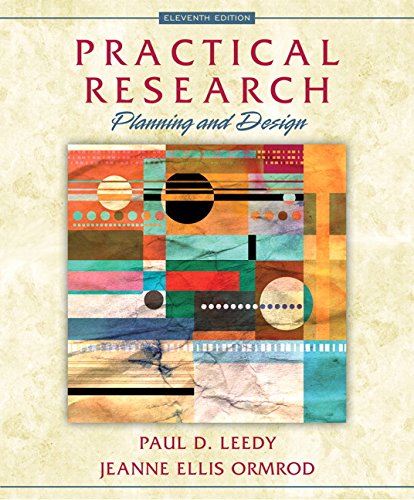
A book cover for Practical Research: Planning and Design with Enhanced Pearson eText -- Access Card Package (11th Edition); Paul D. Leedy; Reference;